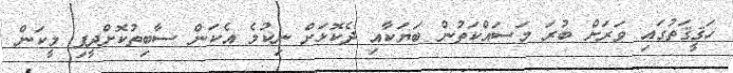
ހަޤީޤަތުގައި ވަރަށް ބުރަ މަސައްކަތުން ބަޔަކާއި ދެކޮޅަށް ނިކުމެ އެކަން ސާބިތުކޮށްދީފި މީކަން